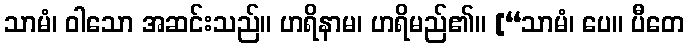
သာမံ၊ ဝါသော အဆင်းသည်။ ဟရိနာမ၊ ဟရိမည်၏။ [“သာမံ၊ ပေ။ ပီတေ